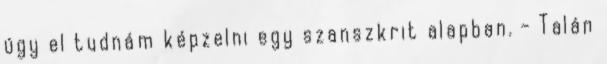
úgy el tudnám képzelni egy szanszkrit alapban. - Talán